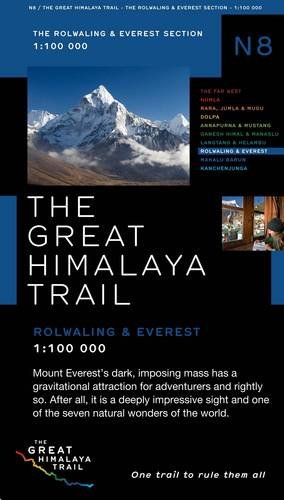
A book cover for The Great Himalaya Trail N8: The Rolwaling & Everest Section; Travel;